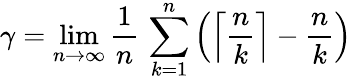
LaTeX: \gamma=\operatorname*{lim}_{n\to\infty}{\frac{1}{n}}\, \sum_{k=1}^{n}\left(\left\lceil{\frac{n}{k}}\right\rceil-{\frac{n}{k}}\right)